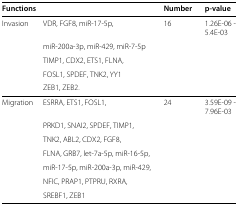
<table><thead><tr><td><b>Functions</b></td><td>[EMPTY_CELL]</td><td><b>Number</b></td><td><b>p-value</b></td></tr></thead><tbody><tr><td>Invasion</td><td>VDR, FGF8, miR-17-5p,</td><td>16</td><td>1.26E-06 - 5.4E-03</td></tr><tr><td>[EMPTY_CELL]</td><td>miR-200a-3p, miR-429, miR-7-5p</td><td>[EMPTY_CELL]</td><td>[EMPTY_CELL]</td></tr><tr><td>[EMPTY_CELL]</td><td>TIMP1, CDX2, ETS1, FLNA,</td><td>[EMPTY_CELL]</td><td>[EMPTY_CELL]</td></tr><tr><td>[EMPTY_CELL]</td><td>FOSL1, SPDEF, TNK2, YY1</td><td>[EMPTY_CELL]</td><td>[EMPTY_CELL]</td></tr><tr><td>[EMPTY_CELL]</td><td>ZEB1, ZEB2.</td><td>[EMPTY_CELL]</td><td>[EMPTY_CELL]</td></tr><tr><td>Migration</td><td>ESRRA, ETS1, FOSL1,</td><td>24</td><td>3.59E-09 - 7.96E-03</td></tr><tr><td>[EMPTY_CELL]</td><td>PRKD1, SNAI2, SPDEF, TIMP1,</td><td>[EMPTY_CELL]</td><td>[EMPTY_CELL]</td></tr><tr><td>[EMPTY_CELL]</td><td>TNK2, ABL2, CDX2, FGF8,</td><td>[EMPTY_CELL]</td><td>[EMPTY_CELL]</td></tr><tr><td>[EMPTY_CELL]</td><td>FLNA, GRB7, let-7a-5p, miR-16-5p,</td><td>[EMPTY_CELL]</td><td>[EMPTY_CELL]</td></tr><tr><td>[EMPTY_CELL]</td><td>miR-17-5p, miR-200a-3p, miR-429,</td><td>[EMPTY_CELL]</td><td>[EMPTY_CELL]</td></tr><tr><td>[EMPTY_CELL]</td><td>NFIC, PRAP1, PTPRU, RXRA,</td><td>[EMPTY_CELL]</td><td>[EMPTY_CELL]</td></tr><tr><td>[EMPTY_CELL]</td><td>SREBF1, ZEB1</td><td>[EMPTY_CELL]</td><td>[EMPTY_CELL]</td></tr></tbody></table>